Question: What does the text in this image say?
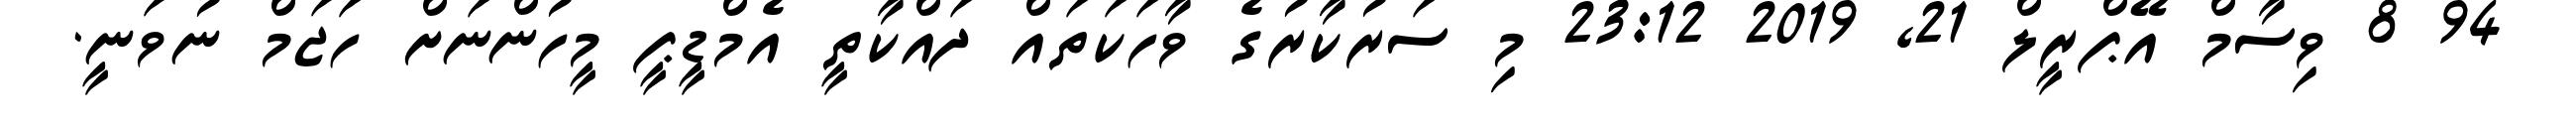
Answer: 94 8 ވިސާމް އޭޕްރީލް 21, 2019 23:12 މި ސަރުކާރުގެ ވާހަކަތައް ދައްކާތީ އެމްޑީޕީ މީހުންނަށް ހަޖަމް ނުވަނީ.